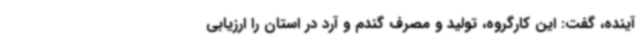
آینده، گفت: این کارگروه، تولید و مصرف گندم و آرد در استان را ارزیابی